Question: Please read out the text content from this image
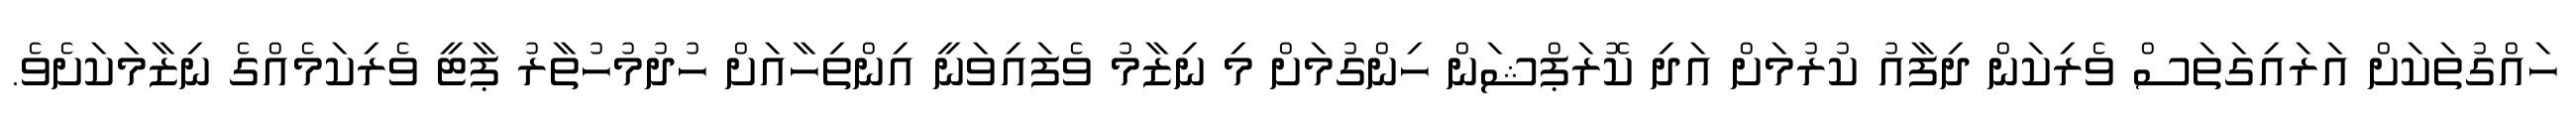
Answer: ހައްގުތަކަށް އަރައިގަތަސް ވެރިކަން ދިފާއު ކުރުމަށް އަދި ކޮރަޕްޝަން ހިންގުމަށް މި ނިޒާމު ވެފައިވަނީ އިންތިހާއަށް ހުދުމުހުތާރު ޕާޓީ ވެރިކަމެއްގެ ނިޒާމަކަށެވެ.